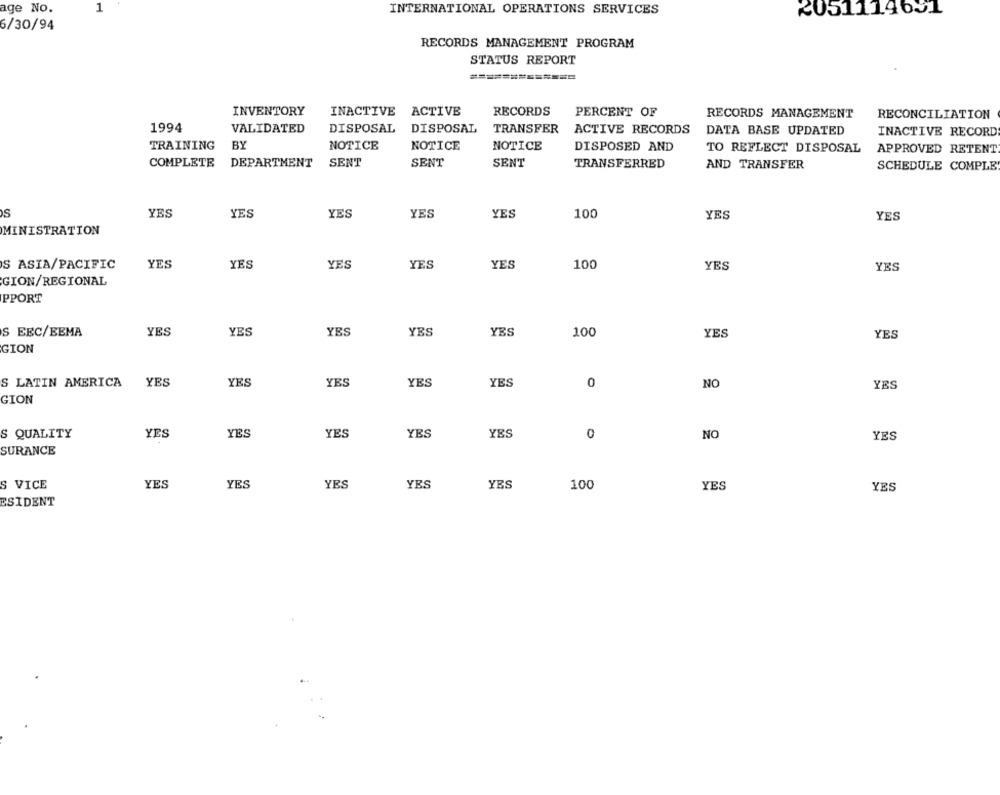
age No.
1
INTERNATIONAL OPERATIONS SERVICES
2051119651
6/30/94
RECORDS MANAGEMENT PROGRAM
STATUS REPORT
=============
ACTIVE
INVENTORY
INACTIVE
RECORDS
PERCENT OF
RECORDS MANAGEMENT
RECONCILIATION
1994
VALIDATED
DISPOSAL
DISPOSAL
TRANSFER
ACTIVE RECORDS
DATA BASE UPDATED
INACTIVE RECORD
TRAINING
BY
NOTICE
NOTICE
NOTICE
DISPOSED AND
TO REFLECT DISPOSAL
APPROVED RETENT
COMPLETE DEPARTMENT SENT
SENT
SENT
TRANSFERRED
AND TRANSFER
SCHEDULE COMPLE
s
YES
YES
YES
YES
YES
100
YES
YES
MINISTRATION
S ASIA/PACIFIC
YES
YES
YES
YES
YES
100
YES
YES
GION/REGIONAL
PPORT
S EEC/BEMA
YES
YES
YES
YES
YES
100
YES
YES
GION
S LATIN AMERICA
YES
YES
YES
YES
YES
0
NO
YES
GION
S QUALITY
YES
YES
YES
YES
YES
0
NO
YES
SURANCE
S VICE
YES
YES
YES
YES
YES
100
YES
YES
ESIDENT